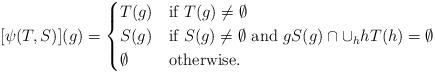
LaTeX: \begin{align*} [\psi(T,S)](g) = \begin{cases} T(g)&\mbox{if }T(g) \neq \emptyset\\ S(g)&\mbox{if }S(g) \neq \emptyset\mbox{ and }g S(g) \cap \cup_h h T(h) = \emptyset\\ \emptyset&\mbox{otherwise}. \end{cases}\end{align*}